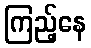
ကြည့်နေ